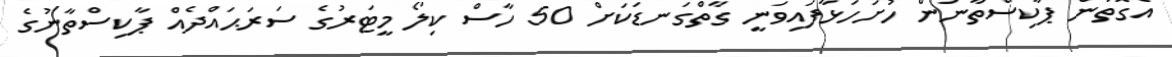
އެގޮތުން ޕާކިސްތާނުން ހުށަހަޅާފައިވަނީ ގާތްގަނޑަކަށް 50 ހާސް ކިލޯ މީޓަރުގެ ސަރަޙައްދެއް ޕާކިސްތާނުގެ